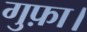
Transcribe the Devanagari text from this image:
गुफ़ा।